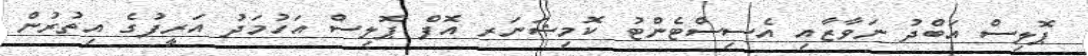
ޕޮލިސް އަބްދު ނަވާޒާއި އެސިސްޓެންޓު ކޮމިޝަނަރ އޮފް ޕޮލިސް އަހުމަދު އަރީފުގެ އިތުރުން